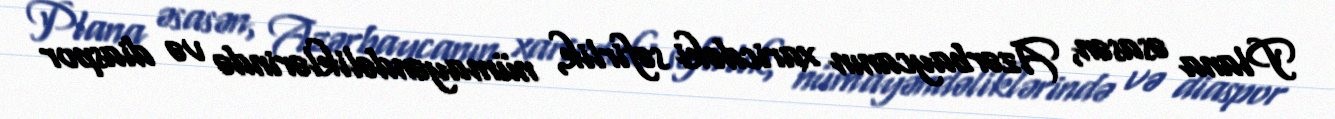
Plana əsasən, Azərbaycanın xaricdəki səfirlik, nümayəndəliklərində və diaspor